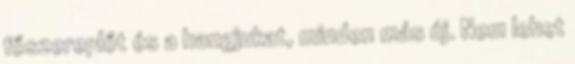
főszereplőt és a hangjukat, minden más új. Nem lehet